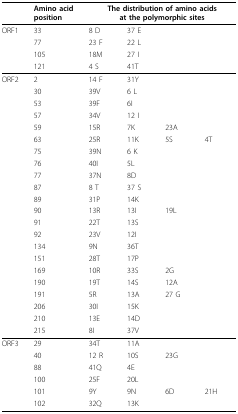
<table><thead><tr><td></td><td><b>Amino acid position</b></td><td colspan="4"><b>The distribution of amino acids at the polymorphic sites</b></td></tr></thead><tbody><tr><td>ORF1</td><td>33</td><td>8 D</td><td>37 E</td><td></td><td></td></tr><tr><td></td><td>77</td><td>23 F</td><td>22 L</td><td></td><td></td></tr><tr><td></td><td>105</td><td>18M</td><td>27 I</td><td></td><td></td></tr><tr><td></td><td>121</td><td>4 S</td><td>41T</td><td></td><td></td></tr><tr><td>ORF2</td><td>2</td><td>14 F</td><td>31Y</td><td></td><td></td></tr><tr><td></td><td>30</td><td>39V</td><td>6 L</td><td></td><td></td></tr><tr><td></td><td>53</td><td>39F</td><td>6I</td><td></td><td></td></tr><tr><td></td><td>57</td><td>34V</td><td>12 I</td><td></td><td></td></tr><tr><td></td><td>59</td><td>15R</td><td>7K</td><td>23A</td><td></td></tr><tr><td></td><td>63</td><td>25R</td><td>11K</td><td>5S</td><td>4T</td></tr><tr><td></td><td>75</td><td>39N</td><td>6 K</td><td></td><td></td></tr><tr><td></td><td>76</td><td>40I</td><td>5L</td><td></td><td></td></tr><tr><td></td><td>77</td><td>37N</td><td>8D</td><td></td><td></td></tr><tr><td></td><td>87</td><td>8 T</td><td>37 S</td><td></td><td></td></tr><tr><td></td><td>89</td><td>31P</td><td>14K</td><td></td><td></td></tr><tr><td></td><td>90</td><td>13R</td><td>13I</td><td>19L</td><td></td></tr><tr><td></td><td>91</td><td>22T</td><td>13S</td><td></td><td></td></tr><tr><td></td><td>92</td><td>23V</td><td>12I</td><td></td><td></td></tr><tr><td></td><td>134</td><td>9N</td><td>36T</td><td></td><td></td></tr><tr><td></td><td>151</td><td>28T</td><td>17P</td><td></td><td></td></tr><tr><td></td><td>169</td><td>10R</td><td>33S</td><td>2G</td><td></td></tr><tr><td></td><td>190</td><td>19T</td><td>14S</td><td>12A</td><td></td></tr><tr><td></td><td>191</td><td>5R</td><td>13A</td><td>27 G</td><td></td></tr><tr><td></td><td>206</td><td>30I</td><td>15K</td><td></td><td></td></tr><tr><td></td><td>210</td><td>13E</td><td>14D</td><td></td><td></td></tr><tr><td></td><td>215</td><td>8I</td><td>37V</td><td></td><td></td></tr><tr><td>ORF3</td><td>29</td><td>34T</td><td>11A</td><td></td><td></td></tr><tr><td></td><td>40</td><td>12 R</td><td>10S</td><td>23G</td><td></td></tr><tr><td></td><td>88</td><td>41Q</td><td>4E</td><td></td><td></td></tr><tr><td></td><td>100</td><td>25F</td><td>20L</td><td></td><td></td></tr><tr><td></td><td>101</td><td>9Y</td><td>9N</td><td>6D</td><td>21H</td></tr><tr><td></td><td>102</td><td>32Q</td><td>13K</td><td></td><td></td></tr></tbody></table>